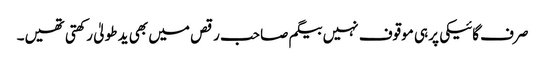
صرف گائیکی پر ہی موقوف نہیں بیگم صاحب رقص میں بھی ید طولیٰ رکھتی تھیں۔